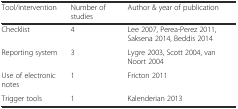
<table><thead><tr><td><b>Tool/intervention</b></td><td><b>Number of studies</b></td><td><b>Author &amp; year of publication</b></td></tr></thead><tbody><tr><td>Checklist</td><td>4</td><td>Lee 2007, Perea-Perez 2011, Saksena 2014, Beddis 2014</td></tr><tr><td>Reporting system</td><td>3</td><td>Lygre 2003, Scott 2004, van Noort 2004</td></tr><tr><td>Use of electronic notes</td><td>1</td><td>Fricton 2011</td></tr><tr><td>Trigger tools</td><td>1</td><td>Kalenderian 2013</td></tr></tbody></table>